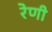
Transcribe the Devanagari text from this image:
रेणी